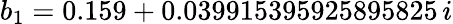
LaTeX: b_{1}=0.159+0.039915395925895825\, i